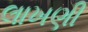
લાખણી